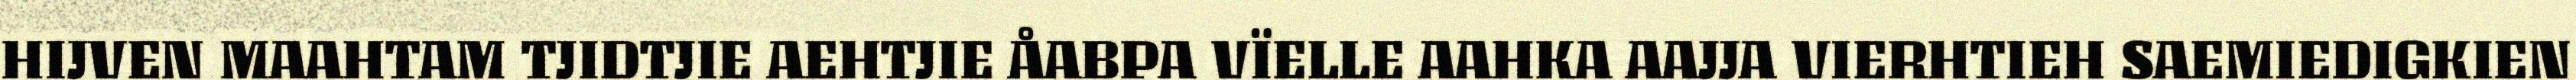
HIJVEN MAAHTAM TJIDTJIE AEHTJIE ÅABPA VÏELLE AAHKA AAJJA VIERHTIEH SAEMIEDIGKIEN